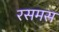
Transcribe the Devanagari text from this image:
रसमस